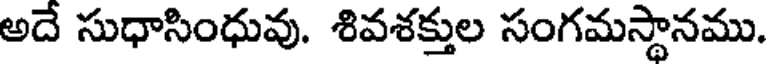
అదే సుధాసింధువు. శివశక్తుల సంగమస్థానము.